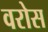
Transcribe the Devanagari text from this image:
वरोस